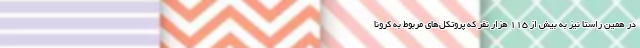
در همین راستا نیز به بیش از ۱۱۵ هزار نفر که پروتکل‌های مربوط به کرونا